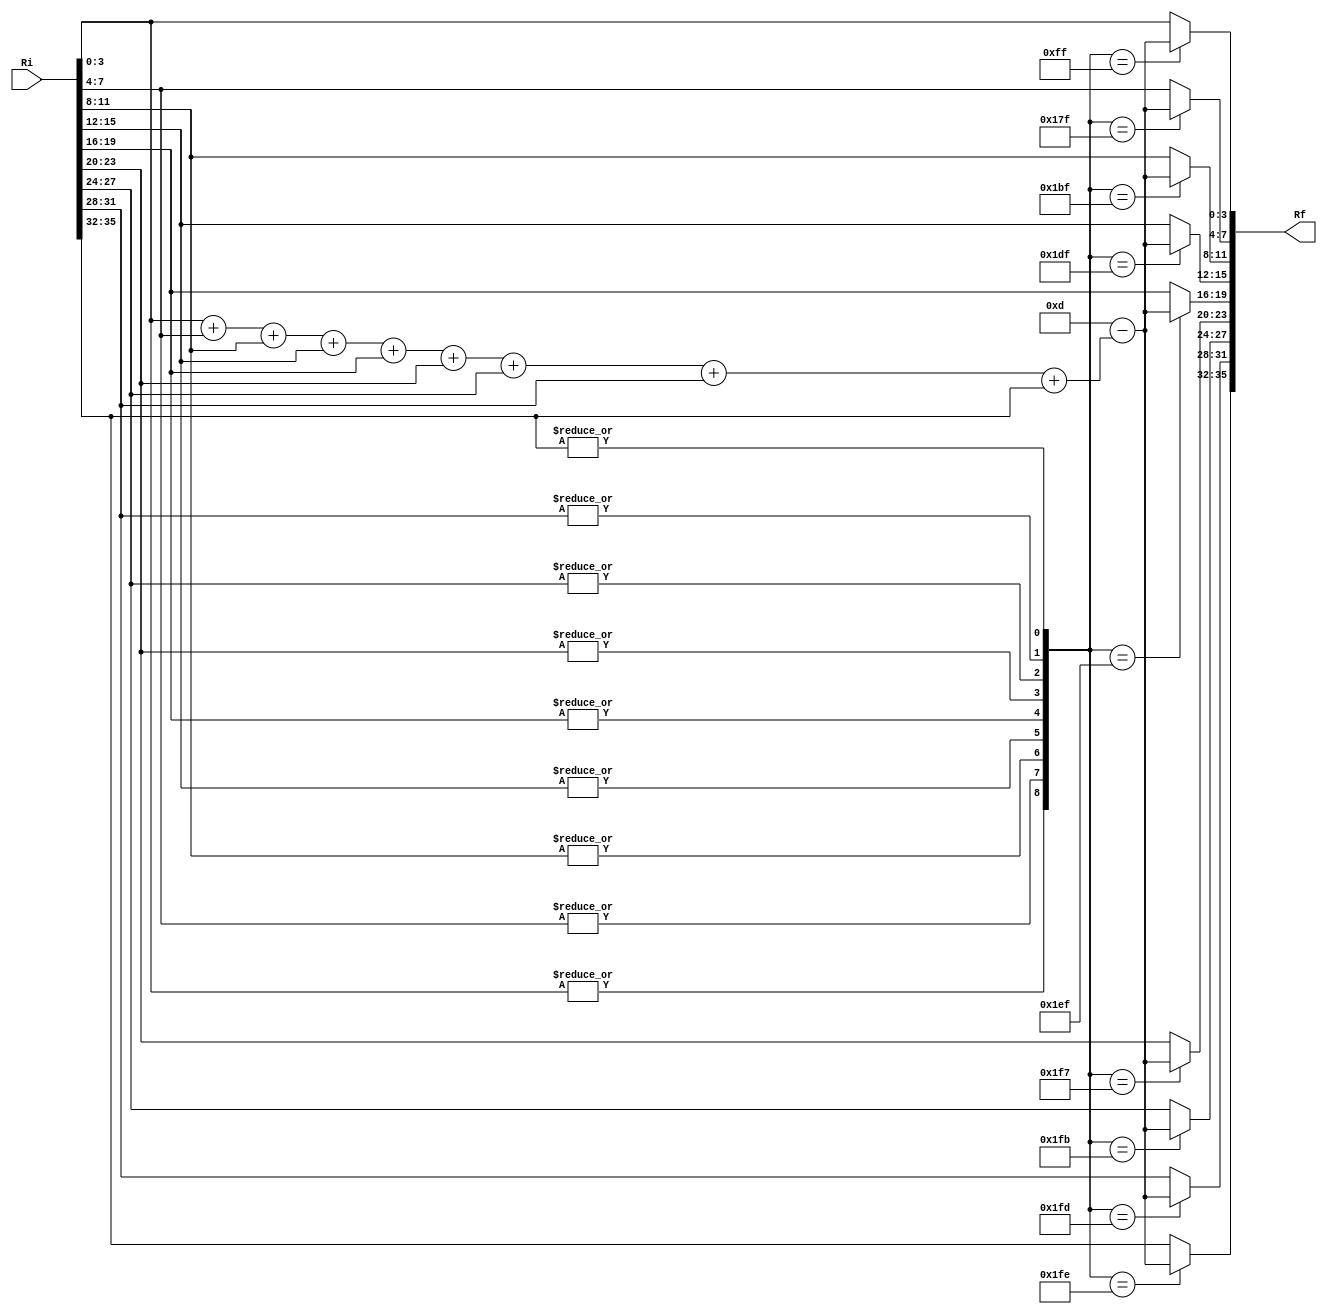

module full_house(Rf,Ri);
  input [36:1] Ri;
  output reg [36:1] Rf;
  wire [6:1] sum;
  assign sum=Ri[4:1]+Ri[8:5]+Ri[12:9]+Ri[16:13]+Ri[20:17]+Ri[24:21]+Ri[28:25]+Ri[32:29]+Ri[36:33];
  always @(*)
    begin case({|Ri[4:1],|Ri[8:5],|Ri[12:9],|Ri[16:13],|Ri[20:17],|Ri[24:21],|Ri[28:25],|Ri[32:29],|Ri[36:33]})
 ~9'd1 : begin
Rf[32:1]<=Ri[32:1];
   Rf[36:33]<=6'd45-sum;
end
~9'd2 : begin
Rf[28:1]<=Ri[28:1];
Rf[36:33]<=Ri[36:33];
  Rf[32:29]<=6'd45-sum;
end
~9'd4 : begin
Rf[24:1]<=Ri[24:1];
Rf[36:29]<=Ri[36:29];
  Rf[28:25]<=6'd45-sum;
end
~9'd8 : begin
Rf[20:1]<=Ri[20:1];
Rf[36:25]<=Ri[36:25];
  Rf[24:21]<=6'd45-sum;
end
~9'd16 : begin
Rf[16:1]<=Ri[16:1];
Rf[36:21]<=Ri[36:21];
  Rf[20:17]<=6'd45-sum;
end
~9'd32 : begin
Rf[12:1]<=Ri[12:1];
Rf[36:17]<=Ri[36:17];
  Rf[16:13]<=6'd45-sum;
end
~9'd64 : begin
Rf[8:1]<=Ri[8:1];
Rf[36:13]<=Ri[36:13];
  Rf[12:9]<=6'd45-sum;
end
~9'd128 : begin
Rf[4:1]<=Ri[4:1];
Rf[36:9]<=Ri[36:9];
  Rf[8:5]<=6'd45-sum;
end
~9'd256  : begin
Rf[36:5]<=Ri[36:5];
  Rf[4:1]<=6'd45-sum;
end
 default : Rf<=Ri;
        endcase
    end
endmodule

module solve_sudoku_fullhouse(sudoku,completed,sudoku_given,clk,rst,start);
  input [0:323] sudoku_given;
output completed;
input clk,rst,start;
  output reg [0:323]sudoku;
  reg [0:323]sudoku2;
  reg [0:3] state,next_state;
  reg [0:3] count;
  reg [0:35]Ri;
  wire [0:35]Rf;
  reg same;
  parameter s0=4'd0, s1=4'd1, s2=4'd2, s3=4'd3, s4=4'd4, s5=4'd5,s6=4'd6; 
  
  full_house    d1(Rf,Ri);
  
  always @(posedge clk)
if(rst==1'b1) state<=s0;
else state <= next_state; 
  
  always @(posedge clk)
    if(rst==1'b1) 
    begin
    sudoku<=324'b0;
     end  
else
begin
  if(state==s1)
  begin 
  sudoku<=sudoku_given;
  end
  else if(state==s2) 
    begin
      sudoku[36*count+:36]<=Rf;  
    end
  else if(state==s3) 
    begin {sudoku[(4*count)+:4],sudoku[(36+4*count)+:4],sudoku[(72+4*count)+:4],sudoku[(108+4*count)+:4],sudoku[(144+4*count)+:4],sudoku[(180+4*count)+:4],sudoku[(216+4*count)+:4],sudoku[(252+4*count)+:4],sudoku[(288+4*count)+:4]}<=Rf;  
    end
  else if(state==s4) 
    begin
      case(count)
        4'd0,4'd1,4'd2:begin
          {sudoku[12*count+:12],sudoku[(36+12*count)+:12],sudoku[(72+12*count)+:12]}<=Rf;
        			  end
        4'd3,4'd4,4'd5:begin
          {sudoku[(72+12*count)+:12],sudoku[(108+12*count)+:12],sudoku[(144+12*count)+:12]}<=Rf;
        			  end
        4'd6,4'd7,4'd8:begin
          {sudoku[(144+12*count)+:12],sudoku[(180+12*count)+:12],sudoku[(216+12*count)+:12]}<=Rf;
        			  end
      endcase
    end
end
  
   always @(posedge clk)
    if(rst==1'b1) sudoku2<=324'b0;
    else 
    begin
    if(state==s1)  sudoku2<=sudoku_given;
         else if(state==s5) sudoku2<=sudoku;  
         end
         
  always @(posedge clk)
  begin
    if(rst==1'b1) count<=4'd0;
    else count<=((state==s2)|(state==s3)|(state==s4))?((count==4'd8)?4'd0:(count+4'd1)):count;
  end
  
  always @(*)
    case(state)
      s0: next_state=(start==1'b1)?s1:s0;
      
      s1: next_state=s2;
      
      s2: next_state=(count==4'd8)?s3:s2;
      
      s3: next_state=(count==4'd8)?s4:s3;
      
      s4: next_state=(count==4'd8)?s5:s4;
      
      s5: next_state=same?s6:s2;
     	//use reset to load new data
    endcase
    
  
  always @(*)
    begin
     if(state==s2) 
    begin
      Ri=sudoku[36*count+:36];  
    end
  else if(state==s3) 
    begin 
      Ri={sudoku[(4*count)+:4],sudoku[(36+4*count)+:4],sudoku[(72+4*count)+:4],sudoku[(108+4*count)+:4],sudoku[(144+4*count)+:4],sudoku[(180+4*count)+:4],sudoku[(216+4*count)+:4],sudoku[(252+4*count)+:4],sudoku[(288+4*count)+:4]};  
    end
  else if(state==s4) 
    begin
      case(count)
        4'd0,4'd1,4'd2:begin
          Ri={sudoku[12*count+:12],sudoku[(36+12*count)+:12],sudoku[(72+12*count)+:12]};
        			  end
        4'd3,4'd4,4'd5:begin
          Ri={sudoku[(72+12*count)+:12],sudoku[(108+12*count)+:12],sudoku[(144+12*count)+:12]};
        			  end
        4'd6,4'd7,4'd8:begin
          Ri={sudoku[(144+12*count)+:12],sudoku[(180+12*count)+:12],sudoku[(216+12*count)+:12]};
        			  end
      endcase
    end 
    end
  
  always @(*)
  begin
  if(rst==1'b1) same=1'b0;
  else if(state==s5) same=(|(sudoku^sudoku2))?1'b0:1'b1;
  end
    assign completed=(state==s6);
   
  endmodule